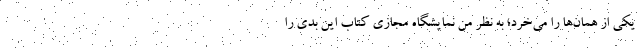
یکی از همان‌ها را می‌خرد؛ به نظر من نمایشگاه مجازی کتاب این بدی را